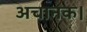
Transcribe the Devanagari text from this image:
अचानक।